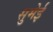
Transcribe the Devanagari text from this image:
सुमेई